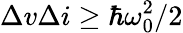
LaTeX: \Delta v\Delta i\ge\hbar\omega_{0}^{2}/2